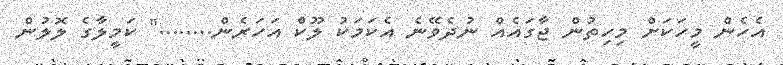
އެހެން މީހަކަށް މިހިތުން ޖާގައެއް ނުދެވޭނެ އެކަމަކު ލޫކް އަހަރެން........" ކަމީލާގެ ލޮލުން